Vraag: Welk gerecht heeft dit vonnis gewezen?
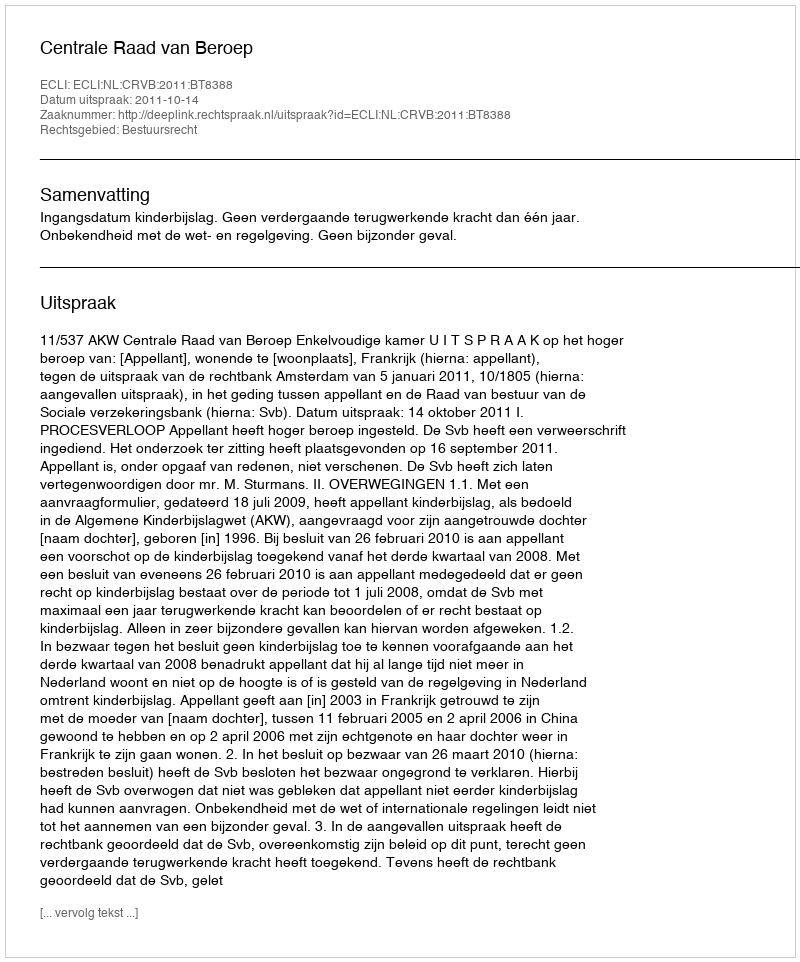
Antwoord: Centrale Raad van Beroep